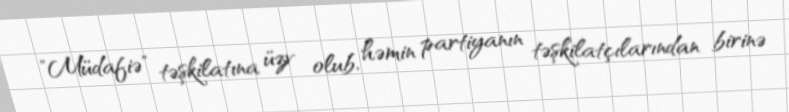
"Müdafiə" təşkilatına üzv olub, həmin partiyanın təşkilatçılarından birinə